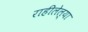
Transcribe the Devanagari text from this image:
राहीलेल्‍या